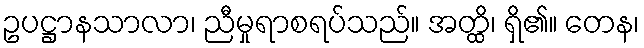
ဥပဋ္ဌာနသာလာ၊ ညီမှုရာစရပ်သည်။ အတ္ထိ၊ ရှိ၏။ တေန၊